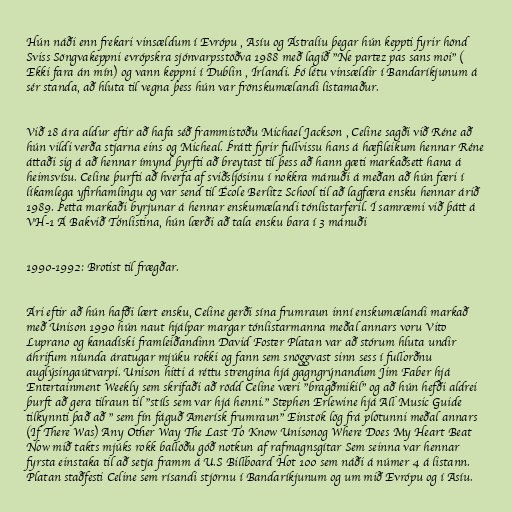
Hún náði enn frekari vinsældum í Evrópu , Asíu og Ástralíu þegar hún keppti fyrir hönd
Sviss Söngvakeppni evrópskra sjónvarpsstöðva 1988 með lagið "Ne partez pas sans moi" (
Ekki fara án mín) og vann keppni í Dublin , Írlandi. Þó létu vinsældir í Bandaríkjunum á
sér standa, að hluta til vegna þess hún var frönskumælandi listamaður.

Við 18 ára aldur eftir að hafa séð frammistöðu Michael Jackson , Celine sagði við Réne að
hún vildi verða stjarna eins og Micheal. Þrátt fyrir fullvissu hans á hæfileikum hennar Réne
áttaði sig á að hennar ímynd þyrfti að breytast til þess að hann gæti markaðsett hana á
heimsvísu. Celine þurfti að hverfa af sviðsljósinu í nokkra mánuði á meðan að hún færi í
líkamlega yfirhamlingu og var send til École Berlitz School til að lagfæra ensku hennar árið
1989. Þetta markaði byrjunar á hennar enskumælandi tónlistarferil. Í samræmi við þátt á
VH-1 Á Bakvið Tónlistina, hún lærði að tala ensku bara í 3 mánuði

1990-1992: Brotist til frægðar.

Ári eftir að hún hafði lært ensku, Celine gerði sína frumraun inní enskumælandi markað
með Unison 1990 hún naut hjálpar margar tónlistarmanna meðal annars voru Vito
Luprano og kanadíski framleiðandinn David Foster Platan var að stórum hluta undir
áhrifum níunda áratugar mjúku rokki og fann sem snöggvast sinn sess í fullorðnu
auglýsingaútvarpi. Unison hitti á réttu strengina hjá gagngrýnandum Jim Faber hjá
Entertainment Weekly sem skrifaði að rödd Celine væri "bragðmikil" og að hún hefði aldrei
þurft að gera tilraun til "stíls sem var hjá henni." Stephen Erlewine hjá All Music Guide
tilkynnti það að " sem fín fáguð Amerísk frumraun" Einstök lög frá plötunni meðal annars
(If There Was) Any Other Way The Last To Know Unisonog Where Does My Heart Beat
Now mið takts mjúks rokk ballöðu góð notkun af rafmagnsgítar Sem seinna var hennar
fyrsta einstaka til að setja framm á U.S Billboard Hot 100 sem náði á númer 4 á listann.
Platan staðfesti Celine sem rísandi stjörnu í Bandaríkjunum og um mið Evrópu og í Asíu.